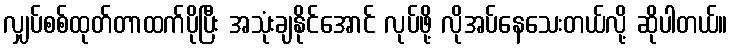
လျှပ်စစ်ထုတ်တာထက်ပိုပြီး အသုံးချနိုင်အောင် လုပ်ဖို့ လိုအပ်နေသေးတယ်လို့ ဆိုပါတယ်။